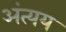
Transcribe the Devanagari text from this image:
अंत्यय